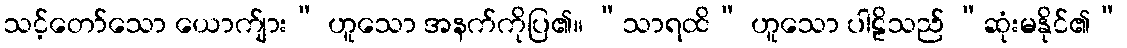
သင့်တော်သော ယောက်ျား” ဟူသော အနက်ကိုပြ၏။ “သာရထိ” ဟူသော ပါဠိသည် “ဆုံးမနိုင်၏”